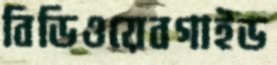
বিডিওয়েবগাইড